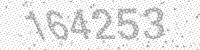
Solution: 164253